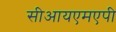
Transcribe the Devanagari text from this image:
सीआयएमएपी